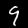
Label: 9